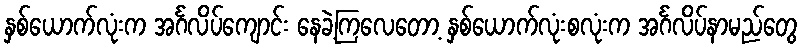
နှစ်ယောက်လုံးက အင်္ဂလိပ်ကျောင်း နေခဲ့ကြလေတော့ နှစ်ယောက်လုံးစလုံးက အင်္ဂလိပ်နာမည်တွေ